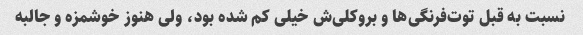
نسبت به قبل توت‌فرنگی‌ها و بروکلی‌ش خیلی کم شده بود، ولی هنوز خوشمزه و جالبه